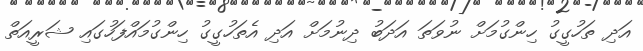
އަދި ތަހުގީގު ހިންގުމަށް ނުވަތަ އަދަބު ދިނުމަށް އަދި އެތަހުގީގު ހިންގުމައްފަހުގައި ޝަރީއަތް